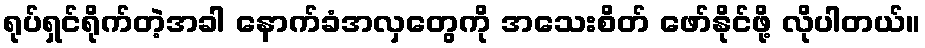
ရုပ်ရှင်ရိုက်တဲ့အခါ နောက်ခံအလှတွေကို အသေးစိတ် ဖော်နိုင်ဖို့ လိုပါတယ်။